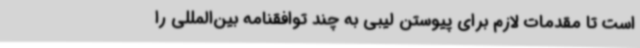
است تا مقدمات لازم برای پیوستن لیبی به چند توافقنامه بین‌المللی را